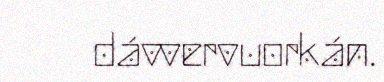
dávvervuorkán.